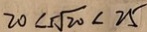
2 0 < 5 \sqrt { 2 0 } < 2 5